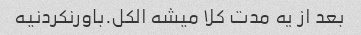
بعد از یه مدت کلا میشه الکل.باورنکردنیه